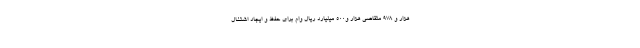
هزار و ۹۷۸ متقاضی هزار و۵۰۰ میلیارد ریال وام برای حفظ و ایجاد اشتغال